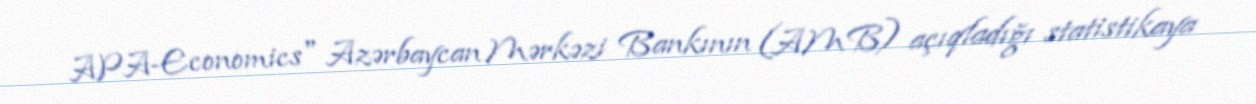
APA-Economics" Azərbaycan Mərkəzi Bankının (AMB) açıqladığı statistikaya